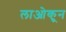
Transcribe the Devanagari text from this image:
लाओकून